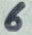
Text: 6